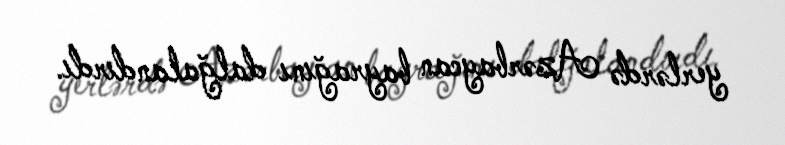
yerlərdə Azərbaycan bayrağını dalğalandırdı.